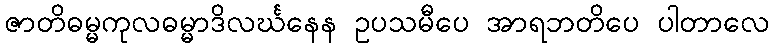
ဇာတိဓမ္မကုလဓမ္မာဒိလင်္ဃနေန ဥပသမီပေ အာရဘတိပေ ပါတာလေ